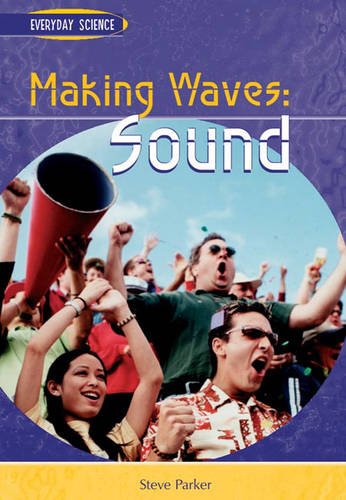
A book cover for Making Waves: Sound : Sound (Everyday Science): Sound (Everyday Science); Steve Parker; Children's Books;